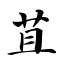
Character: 苴